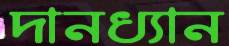
দানধ্যান